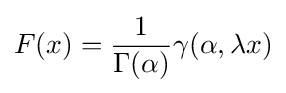
F(x)={\frac {1}{\Gamma (\alpha )}}\gamma (\alpha ,\lambda x)